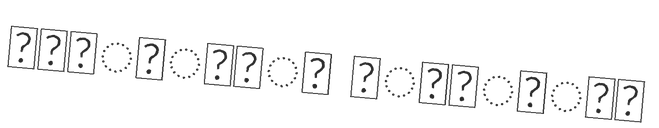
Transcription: চলচ্চিত্র পুরস্কার